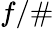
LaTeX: f/\#